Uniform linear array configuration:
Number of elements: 32
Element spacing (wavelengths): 0.25
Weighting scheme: kaiser
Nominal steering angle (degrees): -15
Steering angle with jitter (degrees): -16.355
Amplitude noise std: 0.05
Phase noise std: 0.05

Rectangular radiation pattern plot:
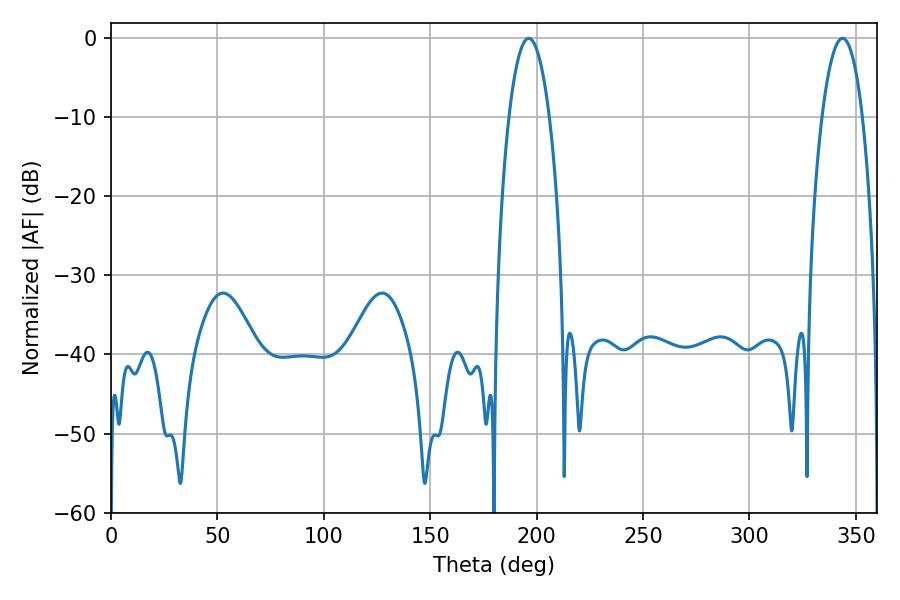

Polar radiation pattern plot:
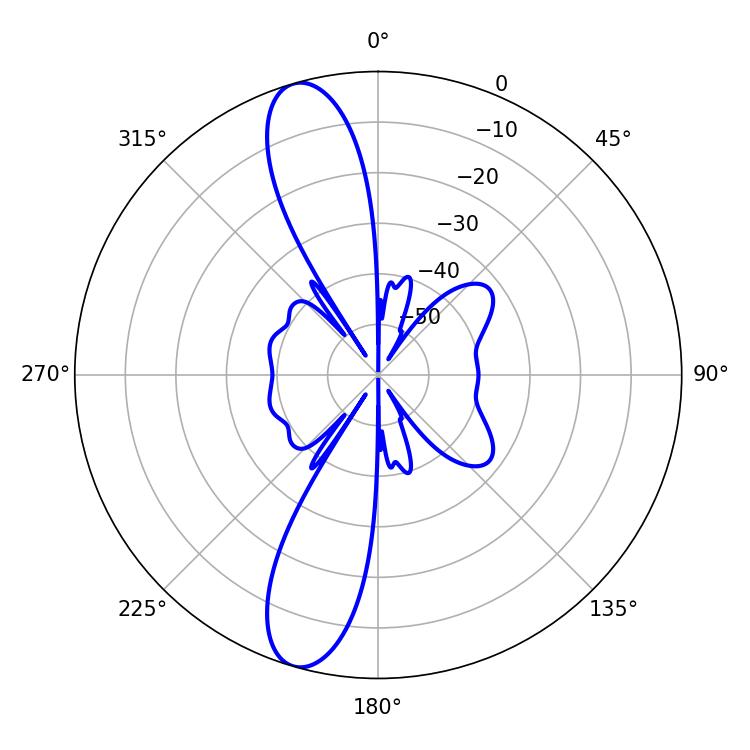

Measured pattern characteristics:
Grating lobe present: FALSE
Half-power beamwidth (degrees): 10.62
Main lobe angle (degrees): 196.2